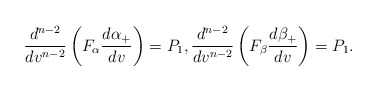
\begin{align*} \frac{d^{n-2}}{dv^{n-2}}\left(F_\alpha\frac{d\alpha_+}{dv}\right)=P_1,\frac{d^{n-2}}{dv^{n-2}}\left(F_\beta\frac{d\beta_+}{dv}\right)=P_1.\end{align*}